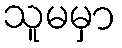
သူမမှာ